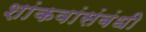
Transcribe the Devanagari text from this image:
शांकवांसंबंधी